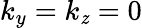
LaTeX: k_{y}=k_{\mathit{z}}=0